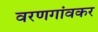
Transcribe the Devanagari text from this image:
वरणगांवकर